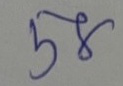
58